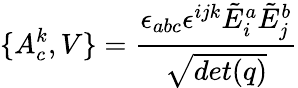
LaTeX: \{ A_{c}^{k},V\} ={\frac{\epsilon_{abc}\epsilon^{ijk}{\tilde{E}}_{i}^{a}{\tilde{E}}_{j}^{b}}{\sqrt{det(q)}}}